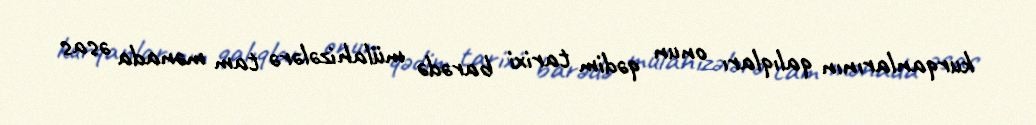
kurqanlarının qalıqları onun qədim tarixi barədə mülahizələrə tam mənada əsas